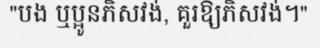
"បង ឬប្អូនភិសវង់, គួរឱ្យភិសវង់។"